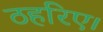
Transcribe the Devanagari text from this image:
ठहरिए।